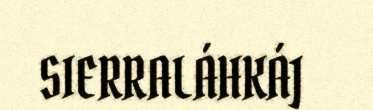
SIERRALÁHKÁJ